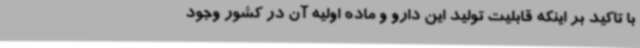
با تاکید بر اینکه قابلیت تولید این دارو و ماده اولیه آن در کشور وجود